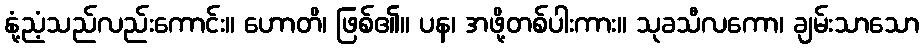
နုံ့ညံ့သည်လည်းကောင်း။ ဟောတိ၊ ဖြစ်၏။ ပန၊ အဖို့တစ်ပါးကား။ သုခသီလကော၊ ချမ်းသာသော